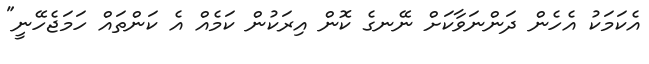
އެކަމަކު އެހެން ދަންނަވާކަށް ނޭނގެ ކޮން އިރަކުން ކަމެއް އެ ކަންތައް ހަމަޖެހޭނީ"